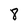
Character: 8